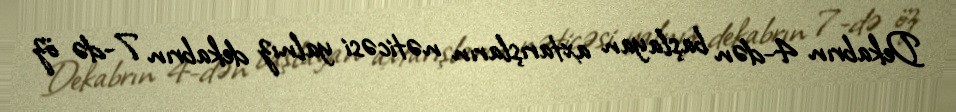
Dekabrın 4-dən başlayan axtarışların nəticəsi yalnız dekabrın 7-də öz